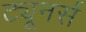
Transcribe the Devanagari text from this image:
ट्यूनर्स